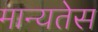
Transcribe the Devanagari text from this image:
मान्यतेस